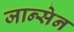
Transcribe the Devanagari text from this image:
जान्सेन